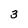
Character: 3